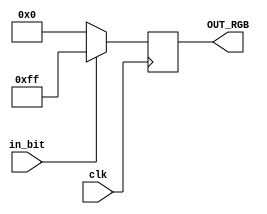
module CONVERT_BIT(
	input wire clk,
//	input wire reset,
	input wire in_bit,
	
	output reg [7:0]OUT_RGB
	
	);
	
parameter[7:0] RGB1 = 8'd255;
parameter[7:0] RGB2 = 8'd0;
	
always @ (posedge clk)
	begin
		if (in_bit == 1)
			OUT_RGB = RGB1;
		else
			OUT_RGB = RGB2;
	end
endmodule